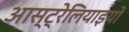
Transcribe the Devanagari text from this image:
आस्ट्रेलियाइयों